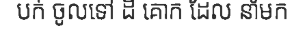
បក់ ចូលទៅ ដី គោក ដែល នាំមក